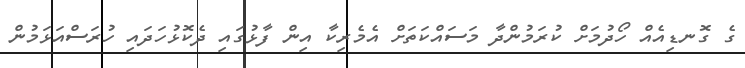
ގެ ގޮނޑިއެއް ހޯދުމަށް ކުރަމުންދާ މަސައްކަތަށް އެމެރިކާ އިން ފާޅުގައި ދެކޮޅުހަދައި ހުރަސްއަޅަމުން